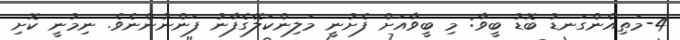
4-މަތިއެންގަނޑު ބޮޑު ބީވާ: މި ބީވާއަށް ފެށުނީ މަލިންކަލޭގެފާނު ފަންނުންނެވެ. ނިމުނީ ކޮށި